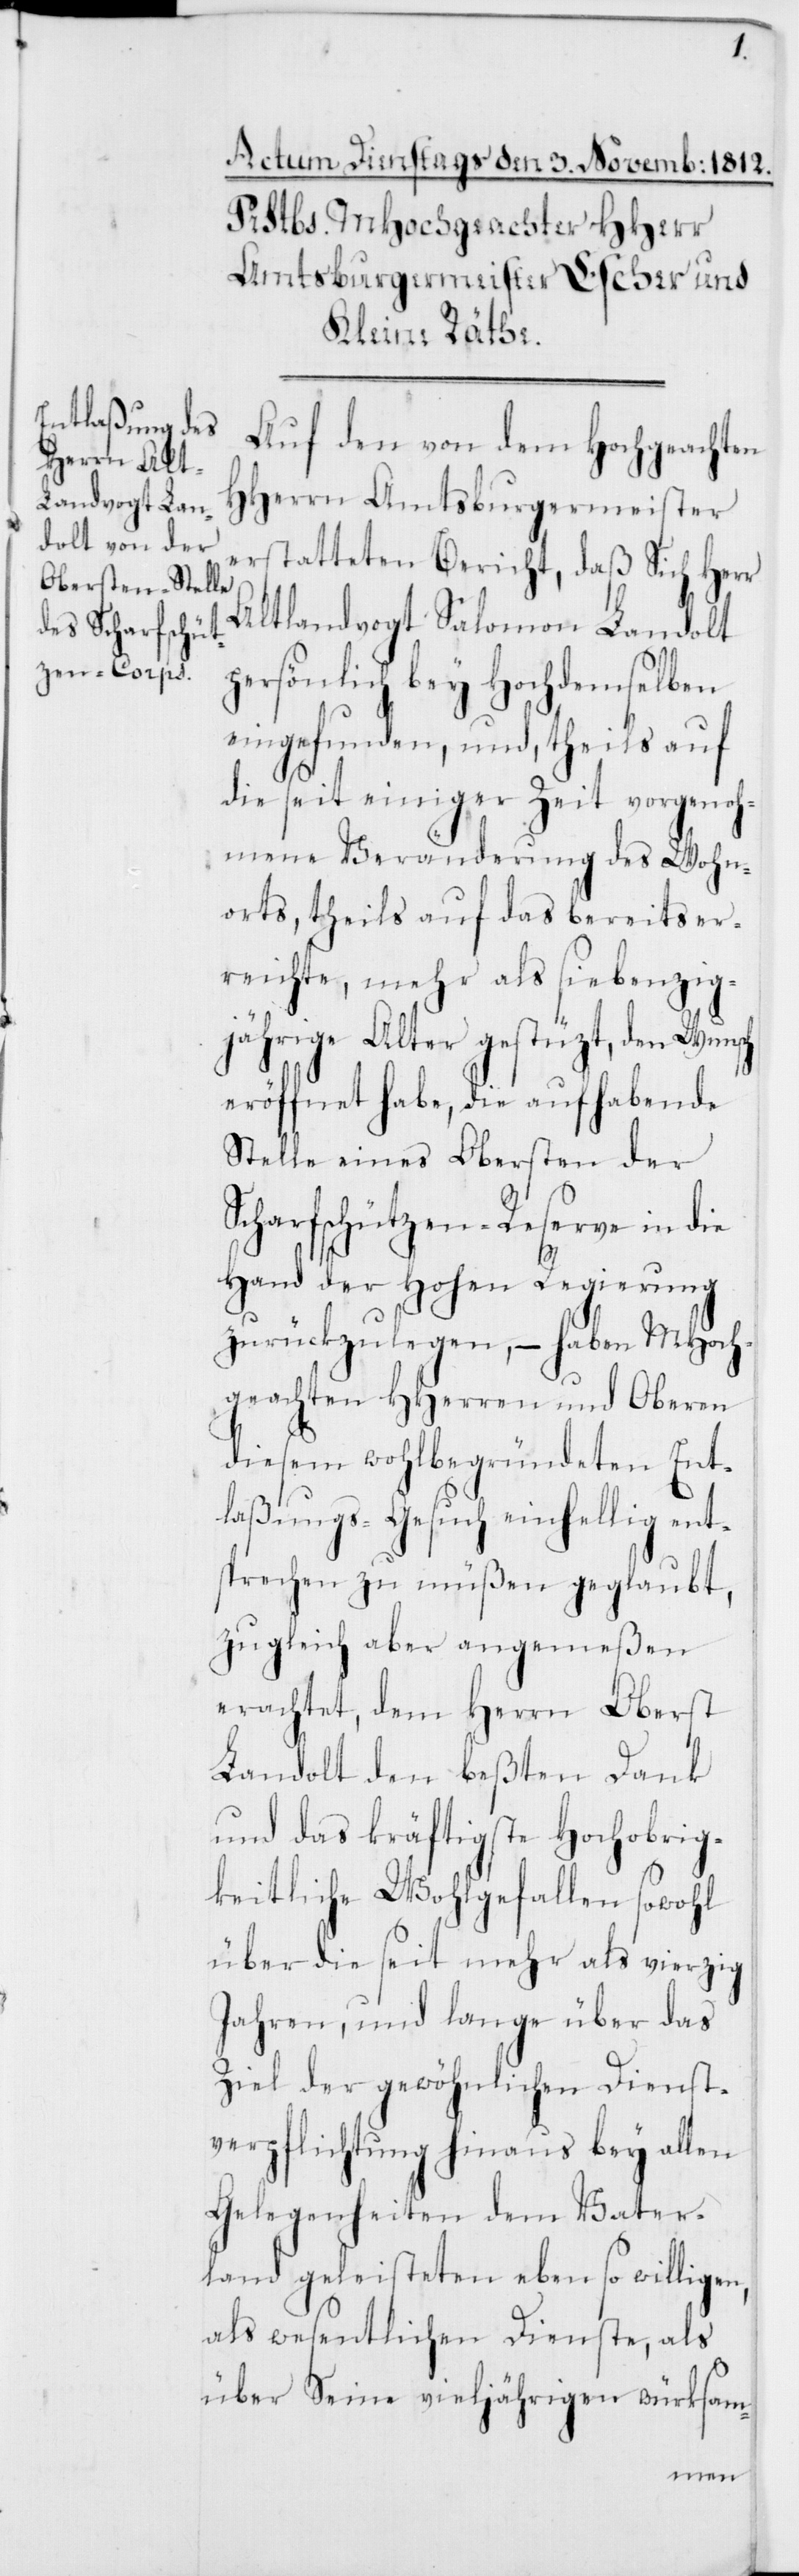
Auf den von dem Hochgeachten
HHerrn Amtsburgermeister
erstatteten Bericht, daß Sich Herr
Altlandvogt Salomon Landolt
persönlich bey Hochdemselben
eingefunden, und, theils auf
die seit einiger Zeit vorgenoh¬
mene Veränderung des Wohn¬
orts, theils auf das bereits er¬
reichte, mehr als siebenzig¬
jährige Alter gestüzt, den Wunsch
eröffnet habe, die aufhabende
Stelle eines Obersten der
Scharfschützen-Reserve in die
Hand der Hohen Regierung
zurückzulegen, – haben MHoch¬
geachten HHerren und Oberen
diesem wohlbegründeten Ent¬
laßungs-Gesuch einhellig ent¬
sprechen zu müßen geglaubt,
zugleich aber ange¬
meßen
erachtet, dem Herrn Oberst
Landolt den beßten Dank
und das kräftigste Hochobrig¬
keitliche Wohlgefallen
sowohl
über die seit mehr als vierzig
Jahren, und lange über das
Ziel der gewöhnlichen Dienst¬
verpflichtung hinaus bey allen
Gelegenheiten dem Vater¬
land geleisteten eben so willigen,
als wesentlichen Dienste, als
über Seine vieljährigen würksam-